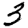
Digit: 3